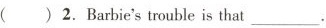
( ) 2.Barbie's trouble is that ___.